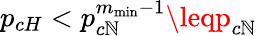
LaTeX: p_{cH}<p_{c\mathbb{N}}^{m_{\operatorname*{min}}-1}\leqp_{c\mathbb{N}}